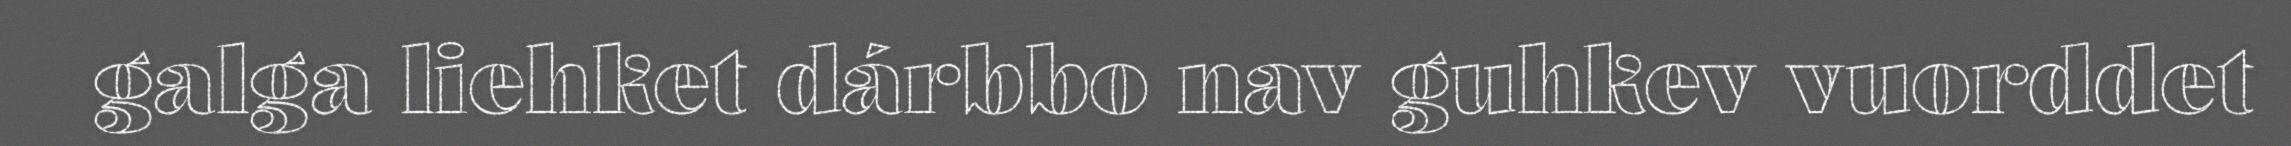
galga liehket dárbbo nav guhkev vuorddet